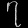
Digit: ၇